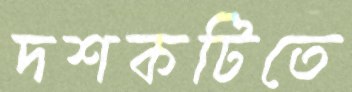
দশকটিতে